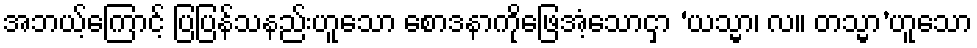
အဘယ့်ကြောင့် ပြပြန်သနည်းဟူသော စောဒနာကိုဖြေအံ့သောငှာ ‘ယသ္မာ၊ လ။ တသ္မာ’ဟူသော